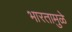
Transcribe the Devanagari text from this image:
भारतामुळे